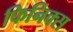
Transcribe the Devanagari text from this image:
फिनिक्‍स